system: You are a helpful assistant.
user:
Analyze the provided spectrum to determine if it is a **Carbon Star (C-type)**.

- **Key Visual Indicators of Carbon Star:**
    - **(Primary):** Strong molecular absorption from **C₂ (diatomic carbon) "Swan Bands."** This is the **defining feature** of a carbon star.
        - **(Key Bandheads):** Sharp absorption edges are visible at approximately $5635$ Å, $5165$ Å (the strongest band), and $4737$ Å.
        - **(Line Profile):** Creates a distinct **"saw-tooth"** pattern. The key morphology is a sharp, steep bandhead on the **red (long-wavelength) side**, which then gradually tapers off (i.e., flux recovers) towards the **blue (short-wavelength) side**. *(This is the direct opposite of the TiO bands seen in M-type stars)*.

    - **(Secondary):** Intense **CN (cyanogen)** molecular absorption bands.
        - **(Key Bandheads):** Located in the blue and violet regions of the spectrum (e.g., near $4215$ Å and $3883$ Å).
        - **(Morphology):** These bands are extremely broad and act as a "blanket," absorbing the vast majority of blue and violet light. This creates a characteristic **"cliff"** or **"steep drop-off"** in the spectrum's flux at short wavelengths.

    - **(Key Confirmation):** Strong **CH absorption band (G-band)**.
        - **(Key Bandhead):** Located around $4300$ Å. The contribution from CH molecules to this band is exceptionally strong.

    - **(Overall Spectrum):**
        - The continuum is severely "chopped up" by these deep molecular bands, especially C₂, rather than appearing as a smooth curve.
        - Due to the heavy CN and C₂ absorption in the blue-green, the vast majority of the star's flux is concentrated in the red part of the spectrum, giving the star its characteristic deep red color.

Think first, call **spectral_visualization_tool** if needed to examine features in detail, then provide your final answer. Your response must adhere to the following strict rules:
1.  **Overall Structure:** Your response must follow the format `<think>...</think> <tool_call>...</tool_call> (if a tool is used) <answer>...</answer>`.
2.  **Tool Usage Constraint:** You may only make **one** tool call per turn.
3.  **Final Answer Format:** In the `<answer>` tag, your conclusion must be inside a `\boxed{}` command (e.g., `\boxed{YES}`), followed by your justification.

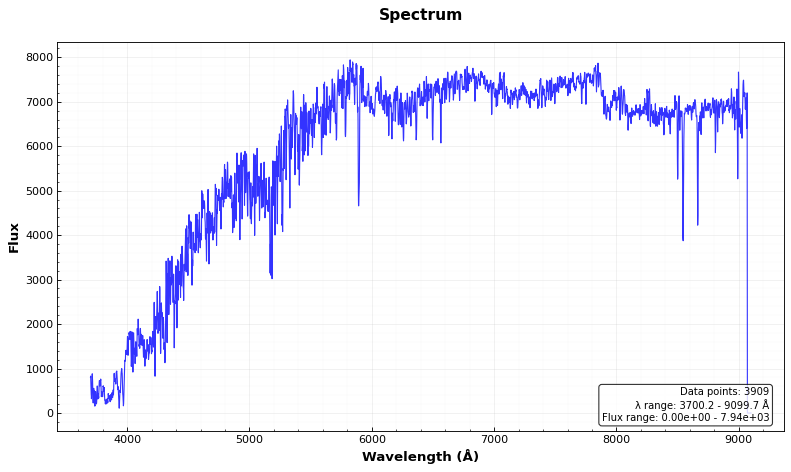
Answer: NO